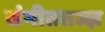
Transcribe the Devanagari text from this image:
संगीततज्ज्ञ